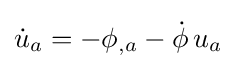
{\dot {u}}_{a}=-\phi _{,a}-{\dot {\phi }}\,u_{a}